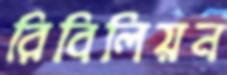
রিবিলিয়ন